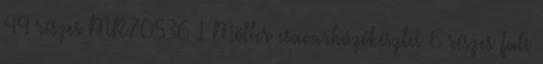
44 részes MR70536 1 Möller csavarhúzókészlet 6 részes fali